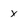
Character: x